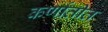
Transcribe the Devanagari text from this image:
कर्णातीत